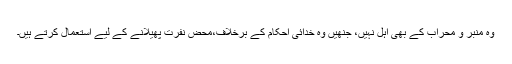
وہ منبر و محراب کے بھی اہل نہیں، جنھیں وہ خدائی احکام کے برخلاف،محض نفرت پھیلانے کے لیے استعمال کرتے ہیں۔